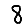
Digit: 8